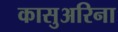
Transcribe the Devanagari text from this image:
कासुअरिना